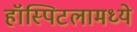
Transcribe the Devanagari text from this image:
हॉस्पिटलामध्ये